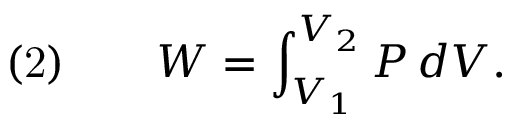
{ \mathrm { ( 2 ) } } \qquad W = \int _ { V _ { 1 } } ^ { V _ { 2 } } P \, d V .